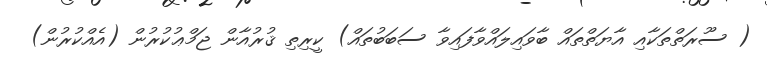
( ސޫރަތްތަކާއި އާޔަތްތައް ބާވައިލައްވާފައިވާ ސަބަބުތައް) ކީރިތި ޤުރުއާން ޖަމްޢުކުރުން (އެއްކުރުން)